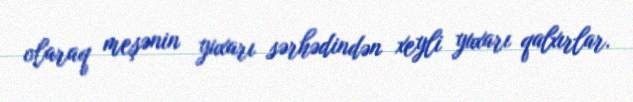
olaraq meşənin yuxarı sərhədindən xeyli yuxarı qalxırlar.